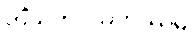
တိံသကပ္ပသဟဿမှိ